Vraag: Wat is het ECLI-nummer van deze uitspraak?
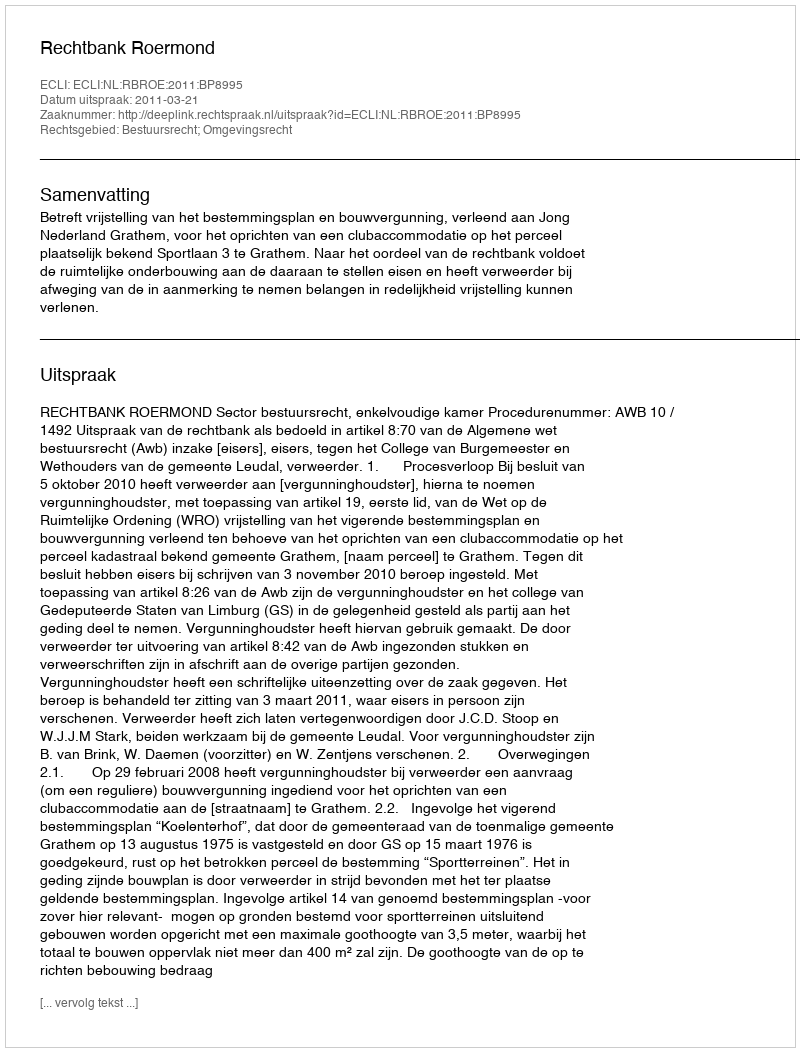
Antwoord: ECLI:NL:RBROE:2011:BP8995